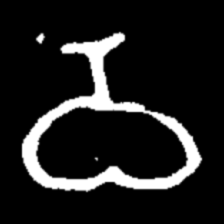
Pyu character \u2014 Myanmar letter: ဝ (romanized: wa)